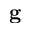
{ \bf g }